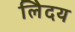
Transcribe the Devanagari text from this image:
लेिदय